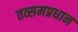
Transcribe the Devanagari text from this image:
तत्समप्रधान